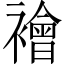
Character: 襘